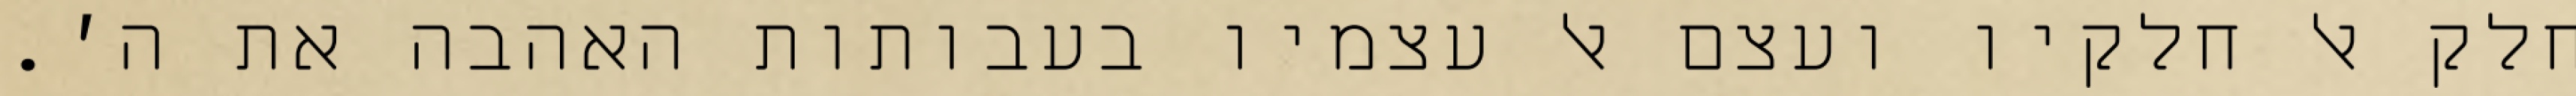
חלק אל חלקיו ועצם אל עצמיו בעבותות האהבה את ה׳.